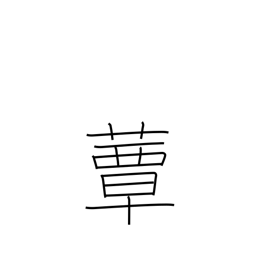
Meaning: toadstool